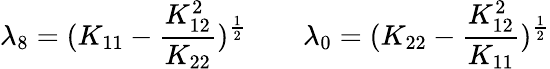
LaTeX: \lambda_{8}=(K_{11}-{\frac{K_{12}^{2}}{K_{22}}})^{\frac{1}{2}}\qquad\lambda_{0}=(K_{22}-{\frac{K_{12}^{2}}{K_{11}}})^{\frac{1}{2}}